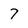
Character: 7